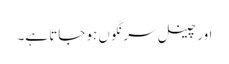
اور چینل سرنگوں ہو جاتا ہے۔